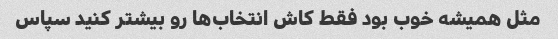
مثل همیشه خوب بود فقط کاش انتخاب‌ها رو بیشتر کنید سپاس